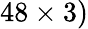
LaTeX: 48\times 3)